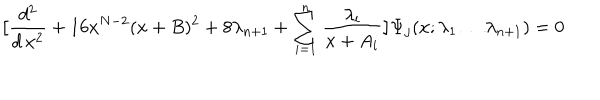
\big [ { \frac { d ^ { 2 } } { d \, x ^ { 2 } } } + 1 6 x ^ { N - 2 } ( x + B ) ^ { 2 } + 8 \lambda _ { n + 1 } + \sum _ { i = 1 } ^ { n } { \frac { \lambda _ { i } } { x + A _ { i } } } \big ] \Psi _ { j } ( x ; \lambda _ { 1 } \ldots \lambda _ { n + 1 } ) = 0